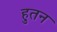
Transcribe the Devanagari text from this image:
हुतन